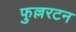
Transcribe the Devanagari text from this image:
फुल्लरटन